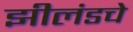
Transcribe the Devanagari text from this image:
झीलंडचे